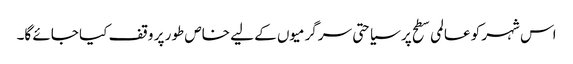
اس شہر کو عالمی سطح پر سیاحتی سرگرمیوں کے لیے خاص طور پر وقف کیا جائے گا۔